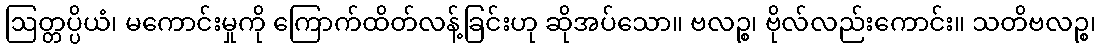
ဩတ္တပ္ပိယံ၊ မကောင်းမှုကို ကြောက်ထိတ်လန့်ခြင်းဟု ဆိုအပ်သော။ ဗလဉ္စ၊ ဗိုလ်လည်းကောင်း။ သတိဗလဉ္စ၊